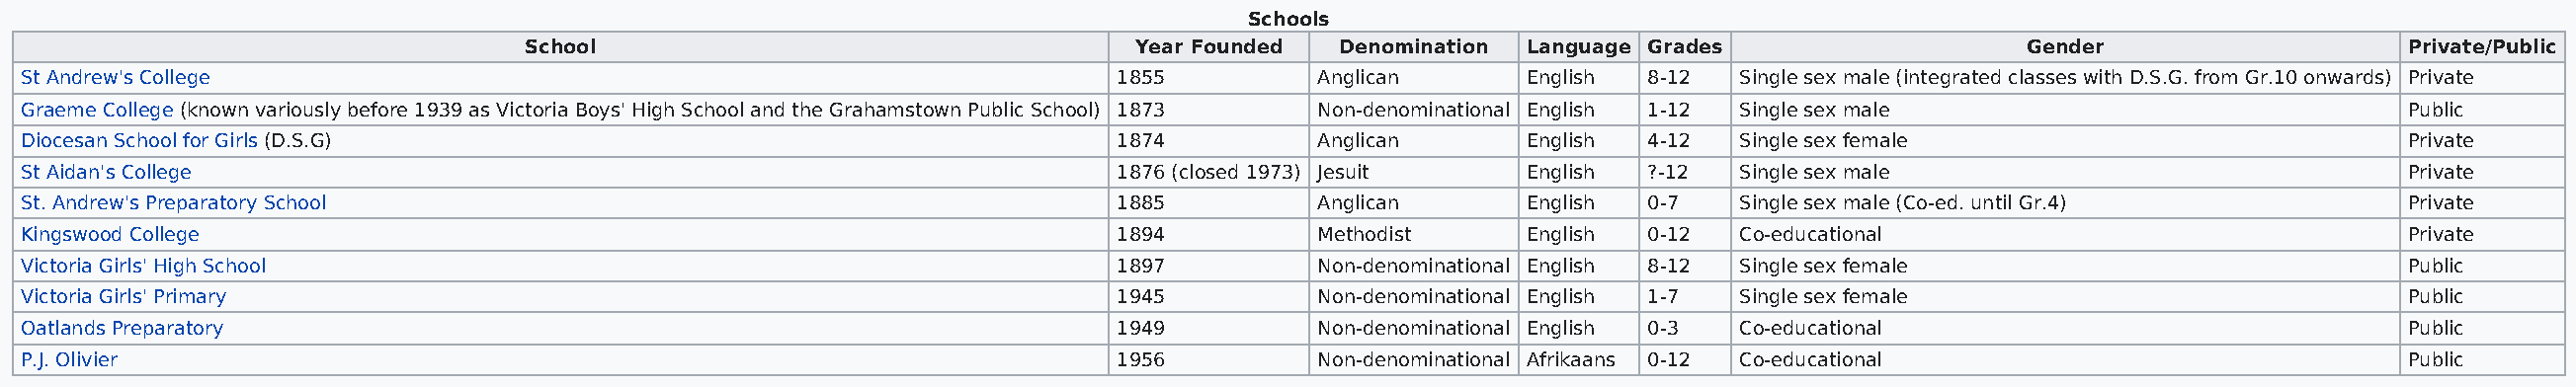
Schools
 School                                   Year Founded  Denomination Language Grades                  Gender                   Private/Public
 St Andrew's College                                                       1855         Anglican      English 8-12   Single sex male (integrated classes with D.S.G. from Gr.10 onwards) Private
 Graeme College (known variously before 1939 as Victoria Boys' High School and the Grahamstown Public School) 1873 Non-denominational English 1-12 Single sex male Public
 Diocesan School for Girls (D.S.G)                                         1874         Anglican      English 4-12   Single sex female                           Private
 St Aidan's College                                                        1876 (closed 1973) Jesuit  English ?-12   Single sex male                             Private
 St. Andrew's Preparatory School                                           1885         Anglican      English 0-7    Single sex male (Co-ed. until Gr.4)         Private
 Kingswood College                                                         1894         Methodist     English 0-12   Co-educational                              Private
 Victoria Girls' High School                                               1897         Non-denominational English 8-12 Single sex female                        Public
 Victoria Girls' Primary                                                   1945         Non-denominational English 1-7 Single sex female                         Public
 Oatlands Preparatory                                                      1949         Non-denominational English 0-3 Co-educational                            Public
 P.J. Olivier                                                              1956         Non-denominational Afrikaans 0-12 Co-educational                         Public